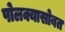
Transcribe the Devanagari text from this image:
पोलक्यासोबत